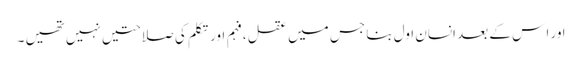
ا ور ا س کے بعد انسان اول بنا جس میں عقل ،فہم اور تکلم کی صلاحتیں نہیں تھیں ۔